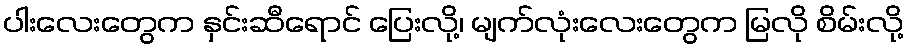
ပါးလေးတွေက နှင်းဆီရောင် ပြေးလို့၊ မျက်လုံးလေးတွေက မြလို စိမ်းလို့